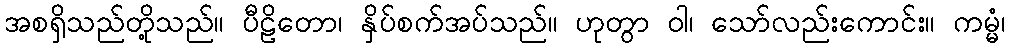
အစရှိသည်တို့သည်။ ပီဠိတော၊ နှိပ်စက်အပ်သည်။ ဟုတွာ ဝါ၊ သော်လည်းကောင်း။ ကမ္မံ၊